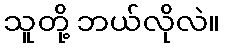
သူတို့ ဘယ်လိုလဲ။